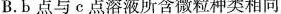
B.b点与c点溶液所含微粒种类相同